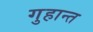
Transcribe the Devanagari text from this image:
गुहान्त